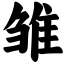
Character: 雏